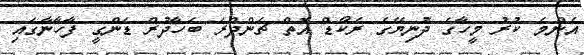
އެންމެ ކުރު މީހާގެ ދުނިޔޭގެ ރެކޯޑް އޮތް ޗަންދްރަ ބަހާދުރް ޑަންގީ ފާހާނާގައި